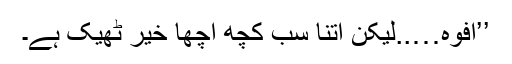
’’افوہ…..لیکن اتنا سب کچھ اچھا خیر ٹھیک ہے۔